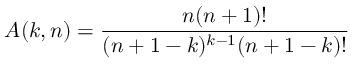
A ( k , n ) = \frac { n ( n + 1 ) ! } { ( n + 1 - k ) ^ { k - 1 } ( n + 1 - k ) ! }